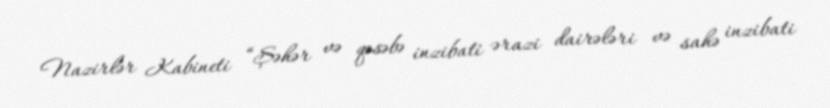
Nazirlər Kabineti “Şəhər və qəsəbə inzibati ərazi dairələri və sahə inzibati